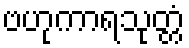
ဗဟုကာရသုတ္တံ